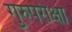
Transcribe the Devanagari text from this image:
गुरुपरीक्षा